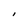
Character: I